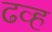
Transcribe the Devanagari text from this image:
ढव्ह